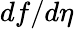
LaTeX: df/d\eta